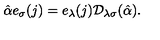
\hat { \alpha } e _ { \sigma } ( j ) = e _ { \lambda } ( j ) { \cal D } _ { \lambda \sigma } ( \hat { \alpha } ) .